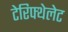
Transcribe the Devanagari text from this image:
टेरिफ्थेलेट